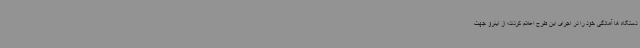
دستگاه ها آمادگی خود را در اجرای این طرح اعلام کردند؛ از اینرو جهت